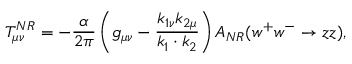
T _ { \mu \nu } ^ { N R } = - \frac { \alpha } { 2 \pi } \left( g _ { \mu \nu } - \frac { k _ { 1 \nu } k _ { 2 \mu } } { k _ { 1 } \cdot k _ { 2 } } \right) A _ { N R } ( w ^ { + } w ^ { - } \rightarrow z z ) ,